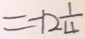
= - 1 2 \frac { 1 } { 4 }